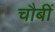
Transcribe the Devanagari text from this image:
चौबीं